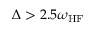
\Delta > 2 . 5 \omega _ { \mathrm { H F } }